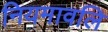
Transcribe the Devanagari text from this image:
नियमावलि